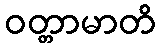
ဝတ္တာမာတိ